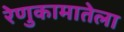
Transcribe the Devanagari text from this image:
रेणुकामातेला